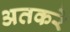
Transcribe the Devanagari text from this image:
अतकरे